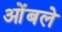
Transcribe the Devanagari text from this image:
ओंबले